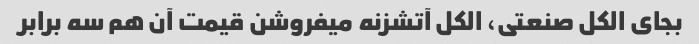
بجای الکل صنعتی، الکل آتشزنه میفروشن قیمت آن هم سه برابر